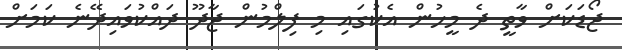
ޖޯޑަކަށް ވާތީ ދެ މީހުން އެކުގައި މި ފިލްމުން ޖާދޫ ދައްކުވައިދޭނެ ކަމަށް